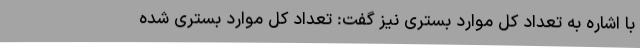
با اشاره به تعداد کل موارد بستری نیز گفت: تعداد کل موارد بستری شده